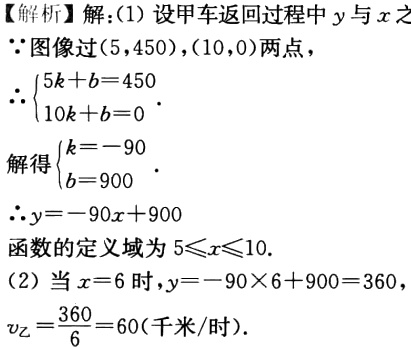
【解析】解：(1) 设甲车返回过程中 \(y\) 与 \(x\) ，
\(\because\) 图像过 \((5,450)\)，\((10,0)\) 两点，
\(\therefore\begin{cases}5k + b = 450\\10k + b = 0\end{cases}\) .
解得\(\begin{cases}k = -90\\b = 900\end{cases}\) .
\(\therefore y=-90x + 900\)
函数的定义域为 \(5\leqslant x\leqslant10\).
(2) 当 \(x = 6\) 时，\(y=-90\times6 + 900 = 360\)，
\(v_{乙}=\frac{360}{6}=60\)（千米/时）.